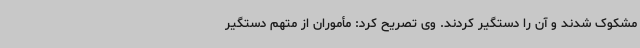
مشکوک شدند و آن را دستگیر کردند. وی تصریح کرد: مأموران از متهم دستگیر